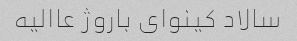
سالاد کینوای باروژ عاالیه